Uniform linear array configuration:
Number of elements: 4
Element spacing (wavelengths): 0.5
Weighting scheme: kaiser
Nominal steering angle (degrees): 45
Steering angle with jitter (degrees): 43.467
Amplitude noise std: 0.05
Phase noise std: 0.05

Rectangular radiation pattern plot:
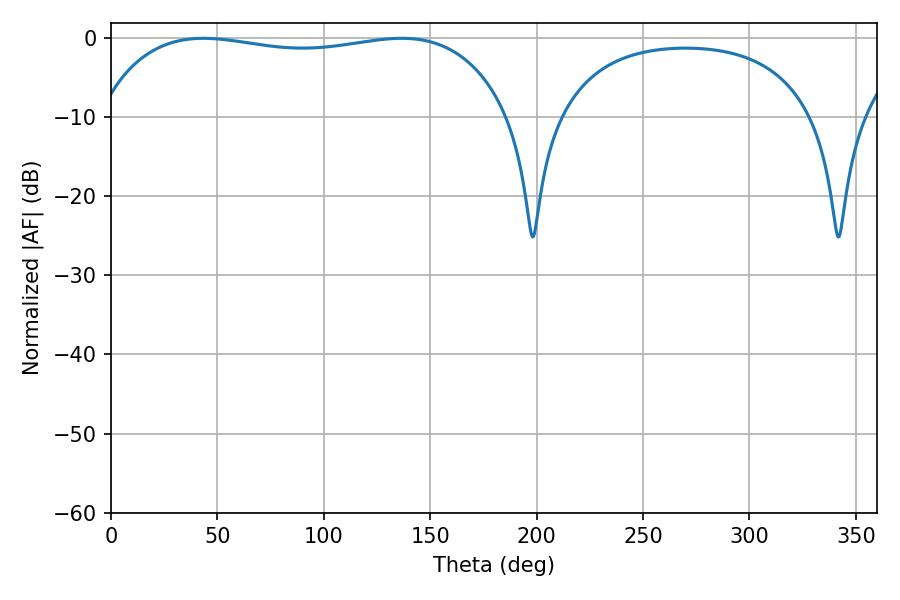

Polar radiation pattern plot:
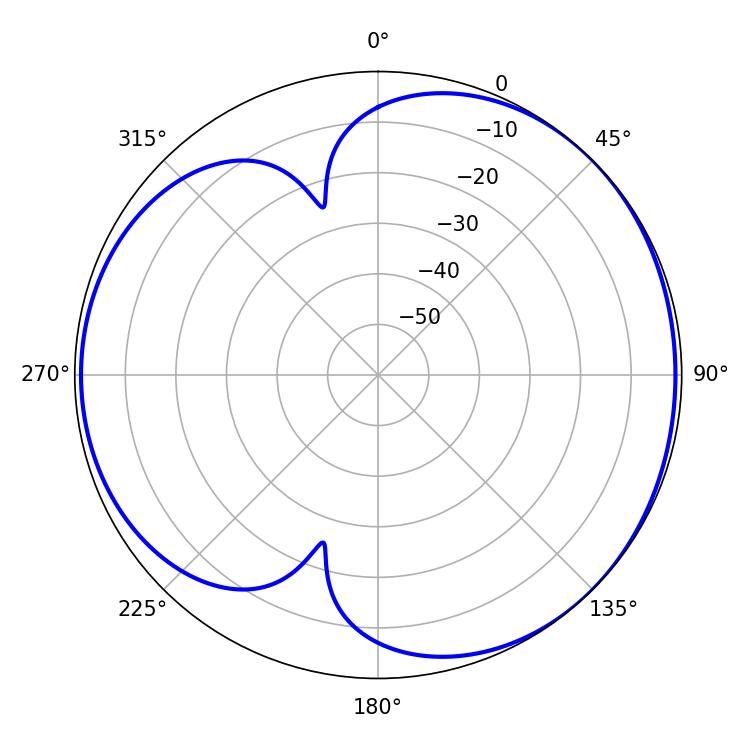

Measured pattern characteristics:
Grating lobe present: FALSE
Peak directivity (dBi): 4.178
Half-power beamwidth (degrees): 155.52
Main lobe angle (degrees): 43.38